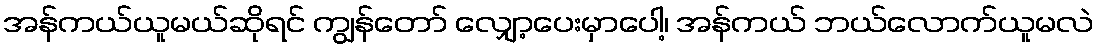
အန်ကယ်ယူမယ်ဆိုရင် ကျွန်တော် လျှော့ပေးမှာပေါ့၊ အန်ကယ် ဘယ်လောက်ယူမလဲ